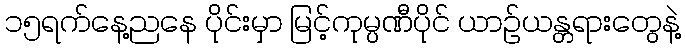
၁၅ရက်နေ့ညနေ ပိုင်းမှာ မြင့်ကုမ္ပဏီပိုင် ယာဉ်ယန္တရားတွေနဲ့